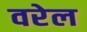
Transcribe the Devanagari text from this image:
वरेल